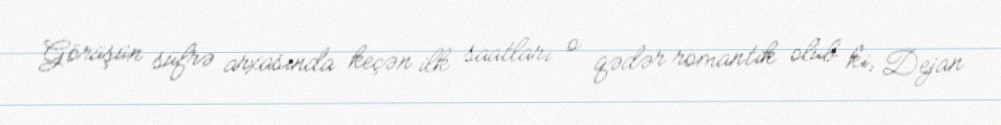
Görüşün süfrə arxasında keçən ilk saatları o qədər romantik olub ki, Dejan